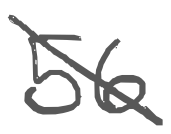
Text: 56
Cross-out: diagonal
Writing tool: digital_gray